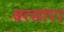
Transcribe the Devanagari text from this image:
बरसाए।